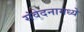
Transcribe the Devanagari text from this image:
संवेदनामध्ये